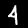
Label: 4